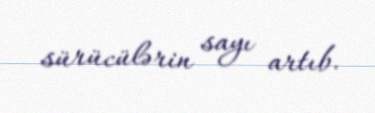
sürücülərin sayı artıb.